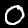
Label: 0